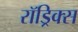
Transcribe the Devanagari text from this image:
रॉड्रिक्स